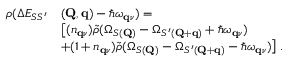
\begin{array} { r l } { \rho ( \Delta E _ { S S ^ { \prime } } } & { ( \mathbf { Q } , \mathbf { q } ) - \hbar \omega _ { \mathbf { q } \nu } ) = } \\ & { \big [ ( n _ { \mathbf { q } \nu } ) \Tilde { \rho } ( \Omega _ { S ( \mathbf { Q } ) } - \Omega _ { S ^ { \prime } ( \mathbf { Q } + \mathbf { q } ) } + \hbar \omega _ { \mathbf { q } \nu } ) } \\ & { + ( 1 + n _ { \mathbf { q } \nu } ) \Tilde { \rho } ( \Omega _ { S ( \mathbf { Q } ) } - \Omega _ { S ^ { \prime } ( \mathbf { Q } + \mathbf { q } ) } - \hbar \omega _ { \mathbf { q } \nu } ) \big ] \; . } \end{array}